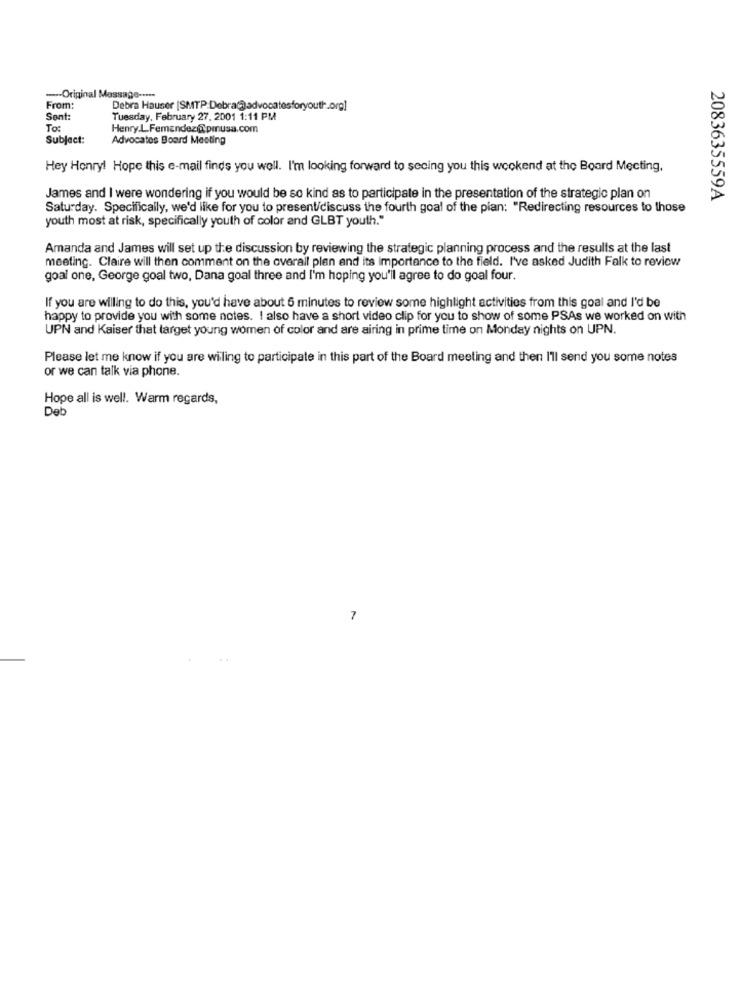
-- Original Message -....
From:
Debra Hauser (SMTP:Debra@advocatesforyouth.org]
Sont:
Tuesday, February 27, 2001 1:11 PM
To:
Henry.L.Femendez@pmusa.com
Subject:
Advocates Board Meeting
Hey Honryl Hope this e-mail finds you well. I'm looking forward to seeing you this weekend at the Board Meeting,
James and I were wondering if you would be so kind as to participate in the presentation of the strategic plan on
2083635559A
Saturday. Specifically, we'd like for you to present/discuss the fourth goal of the plan: "Redirecting resources to those
youth most at risk, specifically youth of color and GLBT youth."
Amanda and James will set up the discussion by reviewing the strategic planning process and the results at the last
meeting. Claire will then comment on the overall plan and its importance to the field. I've asked Judith Falk to review
goal one, George goal two, Dana goal three and I'm hoping you'll agree to do goal four.
If you are willing to do this, you'd have about 5 minutes to review some highlight activities from this goal and I'd be
happy to provide you with some notes. I also have a short video clip for you to show of some PSAs we worked on with
UPN and Kaiser that target young women of color and are airing in prime time on Monday nights on UPN.
Please let me know if you are wiling to participate in this part of the Board meeting and then I'll send you some notes
or we can talk via phone.
Hope all is well. Warm regards,
Deb
7